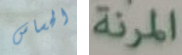
الحساس المرنة